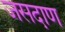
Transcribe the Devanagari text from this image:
जसदाण